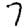
Digit: 7